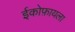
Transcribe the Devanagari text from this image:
ईकोफ़ायला